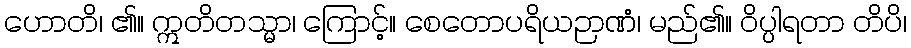
ဟောတိ၊ ၏။ ဣတိတသ္မာ၊ ကြောင့်။ စေတောပရိယဉာဏံ၊ မည်၏။ ဝိပ္ပါရတာ တိပိ၊